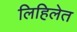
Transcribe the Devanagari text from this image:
लिहिलेत